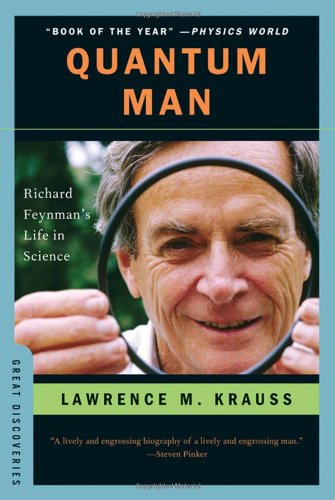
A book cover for Quantum Man: Richard Feynman's Life in Science (Great Discoveries); Lawrence M. Krauss; Science & Math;